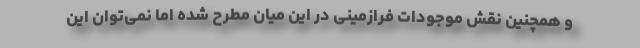
و همچنین نقش موجودات فرازمینی در این میان مطرح شده اما نمی‌توان این